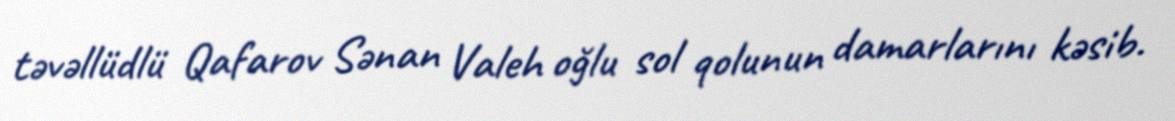
təvəllüdlü Qafarov Sənan Valeh oğlu sol qolunun damarlarını kəsib.